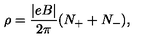
\rho = \frac { | e B | } { 2 \pi } ( N _ { + } + N _ { - } ) ,